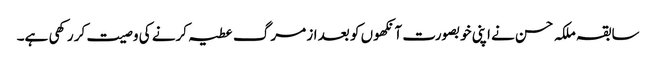
سابقہ ملکہ حسن نے اپنی خوبصورت آنکھوں کو بعد از مرگ عطیہ کرنے کی وصیت کر رکھی ہے۔